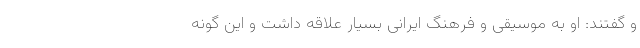
و گفتند: او به موسیقی و فرهنگ ایرانی بسیار علاقه داشت و این گونه